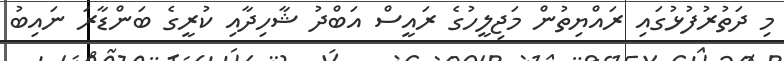
މި ދަތުރުފުޅުގައި ރައްޔިތުން މަޖިލީހުގެ ރައީސް އަބްދު ޝާހިދާއި ކުރީގެ ބަންޑާރަ ނައިބު